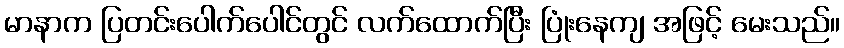
မာနာက ပြတင်းပေါက်ပေါင်တွင် လက်ထောက်ပြီး ပြုံးနေကျ အဖြင့် မေးသည်။